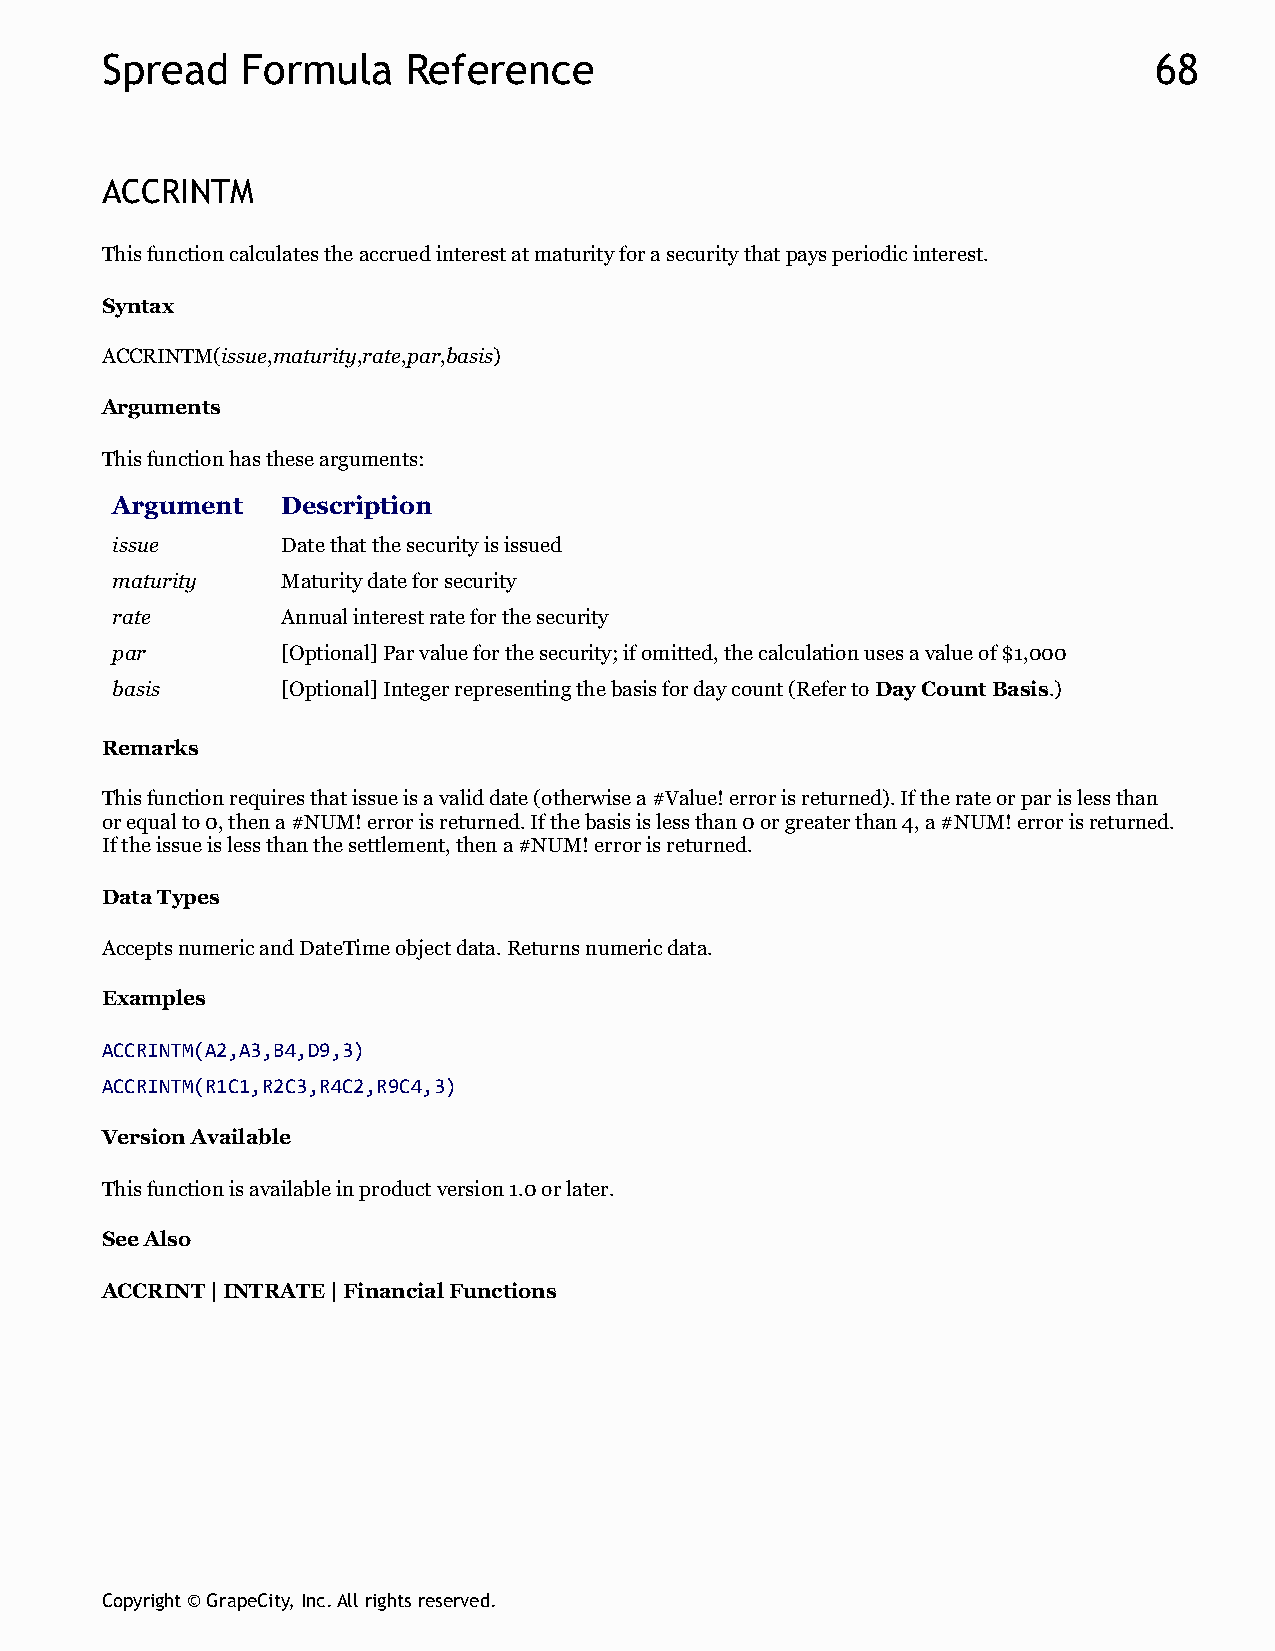
Spread   Formula    Reference                                        68
 ACCRINTM
 This function calculates the accrued interest at maturity for a security that pays periodic interest.
 Syntax
 ACCRINTM(issue,maturity,rate,par,basis)
 Arguments
 This function has these arguments:
 Argument    Description
 issue       Date that the security is issued
 maturity    Maturity date for security
 rate        Annual interest rate for the security
 par         [Optional] Par value for the security; if omitted, the calculation uses a value of $1,000
 basis       [Optional] Integer representing the basis for day count (Refer to Day Count Basis.)
 Remarks
 This function requires that issue is a valid date (otherwise a #Value! error is returned). If the rate or par is less than
 or equal to 0, then a #NUM! error is returned. If the basis is less than 0 or greater than 4, a #NUM! error is returned.
 If the issue is less than the settlement, then a #NUM! error is returned.
 Data Types
 Accepts numeric and DateTime object data. Returns numeric data.
 Examples
 ACCRINTM(A2,A3,B4,D9,3)
 ACCRINTM(R1C1,R2C3,R4C2,R9C4,3)
 Version Available
 This function is available in product version 1.0 or later.
 See Also
 ACCRINT | INTRATE | Financial Functions
 Copyright © GrapeCity, Inc. All rights reserved.